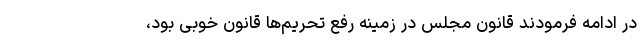
در ادامه فرمودند قانون مجلس در زمینه رفع تحریم‌ها قانون خوبی بود،